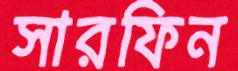
সারফিন